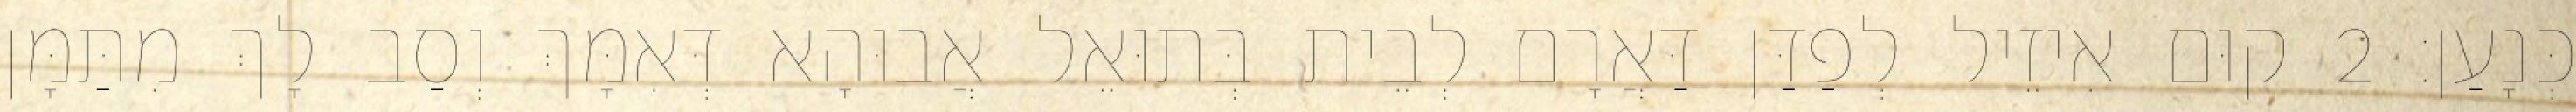
כְּנָעַן׃ 2 קוּם אִיזֵיל לְפַדַּן דַּאֲרָם לְבֵית בְּתוּאֵל אֲבוּהָא דְּאִמָּךְ וְסַב לָךְ מִתַּמָּן